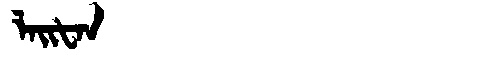
Manchu: ᠯᠠᡳᡶᠠᠨ
Romanization: LAIFAN